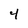
Character: 4